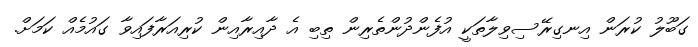
ގަބޫލު ކުރަން އިނގިރޭސިވިލާތަކީ އުފެންދުންތެރިން ތިބި އެ ދާއިރާއިން ކުރިއަރާފައިވާ ގައުމެއް ކަމަށް.